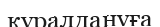
құралдануға